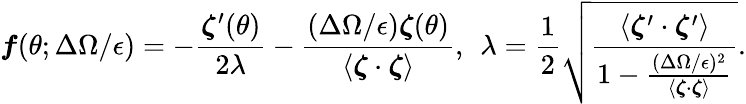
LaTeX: \boldsymbol{f}(\theta;\Delta\Omega/\epsilon)=-\frac{\boldsymbol{\zeta}^{\prime}(\theta)}{2\lambda}-\frac{(\Delta\Omega/\epsilon)\boldsymbol{\zeta}(\theta)}{\langle\boldsymbol{\zeta}\cdot\boldsymbol{\zeta}\rangle},\: \: \lambda=\frac{1}{2}\sqrt{\frac{\langle\boldsymbol{\zeta}^{\prime}\cdot\boldsymbol{\zeta}^{\prime}\rangle}{1-\frac{(\Delta\Omega/\epsilon)^{2}}{\langle\boldsymbol{\zeta}\cdot\boldsymbol{\zeta}\rangle}}}.